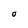
Character: O